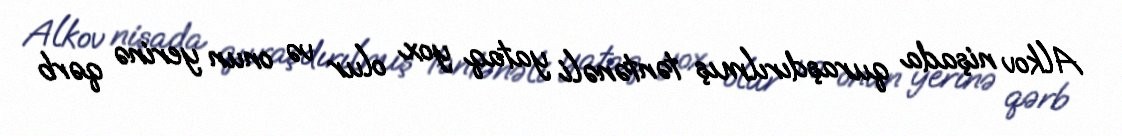
Alkov nişada quraşdırılmış təntənəli yataq yox olur və onun yerinə qərb